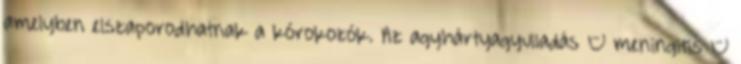
amelyben elszaporodhatnak a kórokozók. Az agyhártyagyulladás – meningitis –